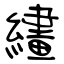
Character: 繣